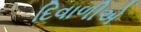
દિવાળીએ